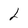
Character: 2